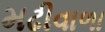
મઢીવાળા